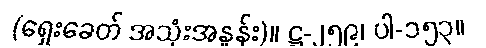
(ရှေးခေတ် အသုံးအနှုန်း)။ ဋ္ဌ-၂၅၉၊ ပါ-၁၅၃။